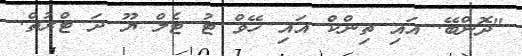
"ދޮންބޭ. އައި ތިންކް އައި ހޭވް ޓު ޓެލް ޔޫ ދަ ޓްރުތް.